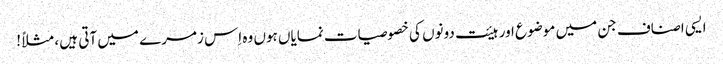
ایسی اصناف جن میں موضوع اور ہیئت دونوں کی خصوصیات نمایاں ہوں وہ اِس زمرے میں آتی ہیں ، مثلاً !